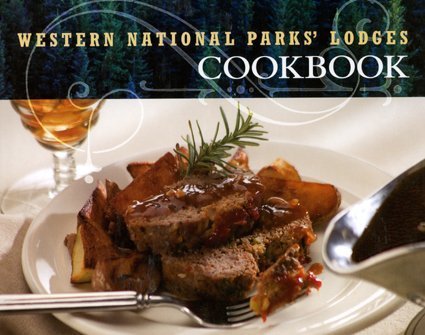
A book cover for Western National Parks' Lodges Cookbook; Kathleen Bryant; Cookbooks, Food & Wine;